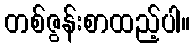
တစ်ဇွန်းစာထည့်ပါ။